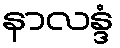
နာလန္ဒံ